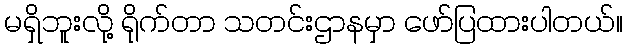
မရှိဘူးလို့ ရိုက်တာ သတင်းဌာနမှာ ဖော်ပြထားပါတယ်။